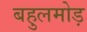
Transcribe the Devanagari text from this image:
बहुलमोड़